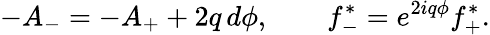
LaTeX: -A_{-}=-A_{+}+2q\, d\phi,\qquad f_{-}^{*}=e^{2iq\phi}f_{+}^{*}.